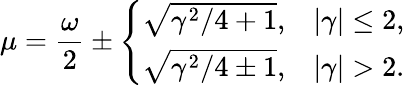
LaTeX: \mu=\frac{\omega}{2}\pm\left\{ \begin{array}{ll}{\sqrt{\gamma^{2}/4+1},}&{|\gamma|\leq 2,}\\ {\sqrt{\gamma^{2}/4\pm 1},}&{|\gamma|>2.}\end{array}\right.